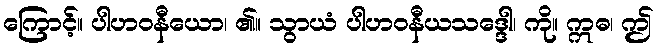
ကြောင့်။ ပါဟဝနီယော၊ ၏။ သွာယံ ပါဟဝနီယသဒ္ဒေါ၊ ကို။ ဣဓ၊ ဤ